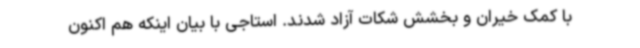
با کمک خیران و بخشش شکات آزاد شدند. استاجی با بیان اینکه هم اکنون